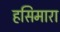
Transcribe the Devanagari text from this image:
हसिमारा